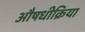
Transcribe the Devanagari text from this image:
औषधीक्रिया